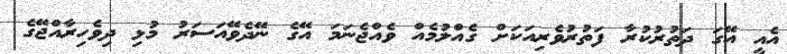
އެއީ އޭގަ ދަތުރުކުރާ ފަތުރުވެރިއަކަށް ގެއްލުމެއް ވެއްޖެނަމަ އޭގެ ނޭދެވޭއަސަރު މުޅި ދިވެހިރާއްޖޭގެ